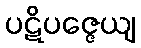
ပဋိပဇ္ဇေယျ